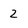
Character: 2